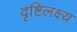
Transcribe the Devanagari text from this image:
दृष्टिलक्ष्य